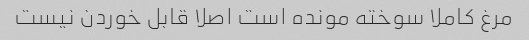
مرغ کاملا سوخته مونده است اصلا قابل خوردن نیست